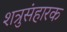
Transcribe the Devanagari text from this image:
शत्रुसंहारक